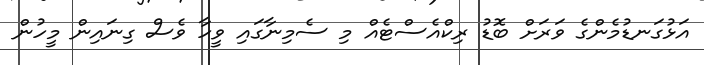
އަޅުގަނޑުމެންގެ ވަރަށް ބޮޑު ރިކްއެސްޓެއް މި ސެމިނާގައި ވީހާ ވެސް ގިނައިން މީހުން